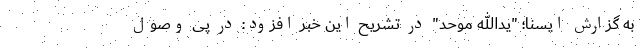
به گزارش ایسنا؛ "یدالله موحد" در تشریح این خبر افزود: در پی وصول